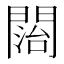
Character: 𨵔